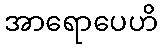
အာရောပေဟိ